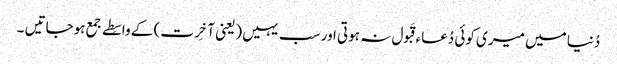
دُنیا میں میری کوئی دُعاء قَبول نہ ہوتی اور سب یہیں (یعنی آخِرت ) کے واسِطے جمع ہوجاتیں ۔